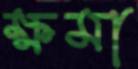
ক্ষমা